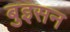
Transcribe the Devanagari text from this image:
बुइसन